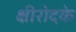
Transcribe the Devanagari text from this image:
क्षीरोदके